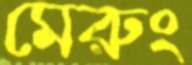
মেরুং